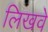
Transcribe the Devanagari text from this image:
लिखवे